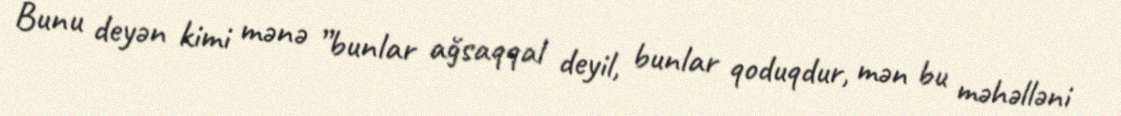
Bunu deyən kimi mənə ”bunlar ağsaqqal deyil, bunlar qoduqdur, mən bu məhəlləni